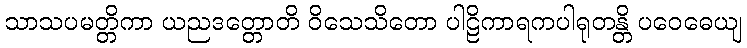
သာသပမတ္တိကာ ယညဒတ္တောတိ ဝိသေသိတော ပါဠိကာရကပါရုတန္တိ ပဝေဓေယျ